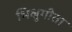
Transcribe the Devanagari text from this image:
भिक्षुगीता